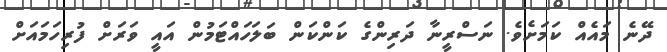
ދޭނެ މައެއް ކަމަށެވެ. ނަސްރީނާ ދަރިންގެ ކަންކަން ބަލަހައްޓަމުން އައީ ވަރަށް ފުރިހަމައަށް